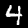
Label: 4